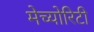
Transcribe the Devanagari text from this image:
मेच्योरिटी